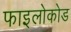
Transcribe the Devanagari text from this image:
फाइलोकोड